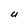
Character: U